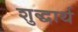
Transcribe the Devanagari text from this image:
शुद्धार्थ